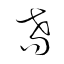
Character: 耈